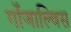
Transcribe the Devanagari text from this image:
गोंजाल्विस